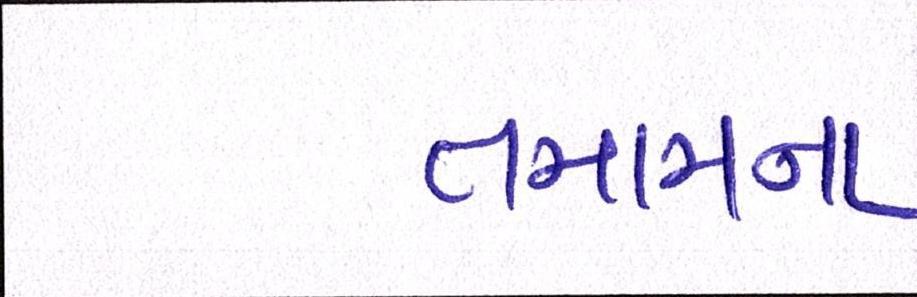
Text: તમામના